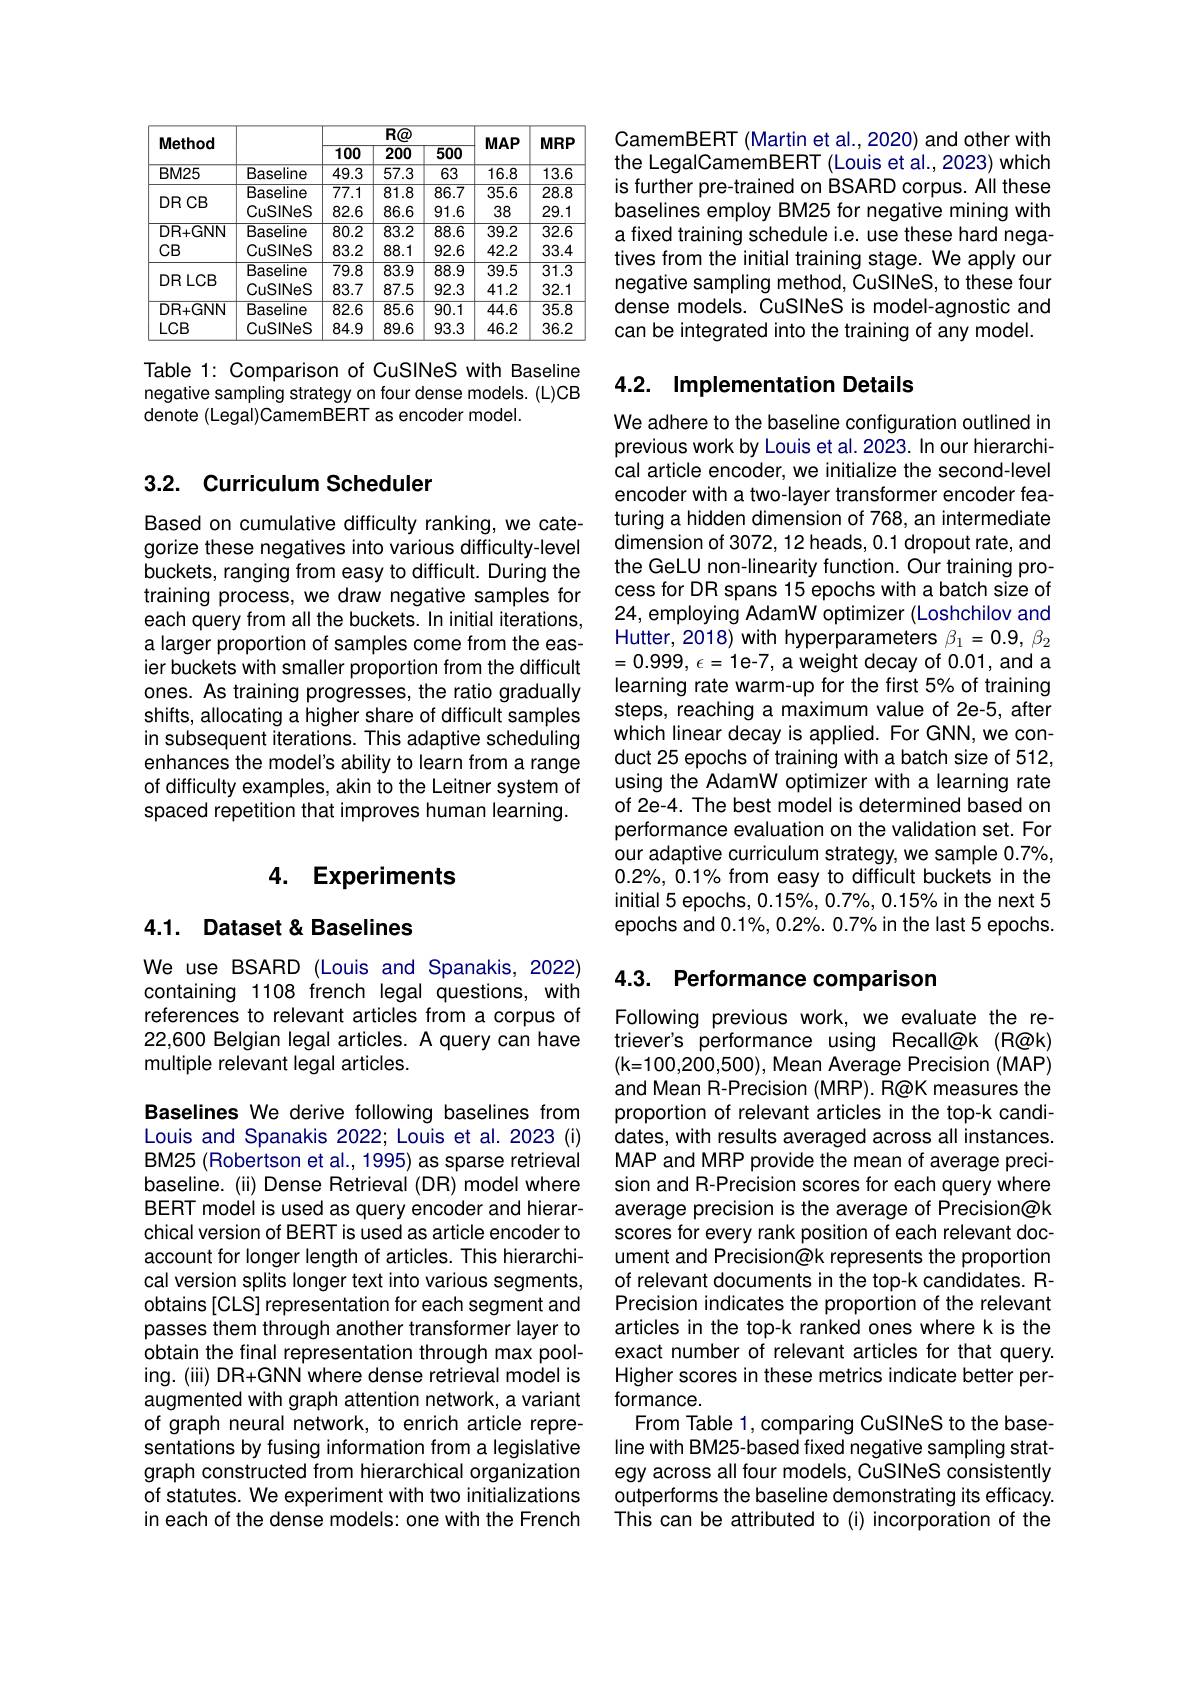
<table>
	<tbody>
		<tr>
			<th rowspan="2">Method</th>
			<th> </th>
			<th colspan="3">$R@$</th>
			<th rowspan="2">$MAP$</th>
			<th rowspan="2">$MRP$</th>
		</tr>
		<tr>
			<th> </th>
			<th>100</th>
			<th>$\overline{200}$</th>
			<th>500</th>
		</tr>
		<tr>
			<td>BM25</td>
			<td>Baseline</td>
			<td>49.3</td>
			<td>57.3</td>
			<td>63</td>
			<td>16.8</td>
			<td>13.6</td>
		</tr>
		<tr>
			<td rowspan="2">DR CB</td>
			<td>Baseline</td>
			<td>$\overline{77.1}$</td>
			<td>$\overline{81.8}$</td>
			<td>$\overline{86.7}$</td>
			<td>$\overline{35.6}$</td>
			<td>$\overline{28.8}$</td>
		</tr>
		<tr>
			<td>CuSINeS</td>
			<td>82.6</td>
			<td>86.6</td>
			<td>91.6</td>
			<td>38</td>
			<td>29.1</td>
		</tr>
		<tr>
			<td>$DR+GNN$</td>
			<td>Baseline</td>
			<td>$\overline{80.2}$</td>
			<td>83.2</td>
			<td>$\overline{88.6}$</td>
			<td>$\overline{39.2}$</td>
			<td>$\overline{32.6}$</td>
		</tr>
		<tr>
			<td>$CB$</td>
			<td>CuSINeS</td>
			<td>83.2</td>
			<td>88.1</td>
			<td>92.6</td>
			<td>42.2</td>
			<td>33.4</td>
		</tr>
		<tr>
			<td rowspan="2">DRLCB</td>
			<td>Baseline</td>
			<td>$\overline{79.8}$</td>
			<td>83.9</td>
			<td>$\overline{88.9}$</td>
			<td>$\overline{39.5}$</td>
			<td>$\overline{31.3}$</td>
		</tr>
		<tr>
			<td>CuSINeS</td>
			<td>83.7</td>
			<td>87.5</td>
			<td>92.3</td>
			<td>41.2</td>
			<td>32.1</td>
		</tr>
		<tr>
			<td>$DR+GNN$</td>
			<td>Baseline</td>
			<td>82.6</td>
			<td>$\overline{85.6}$</td>
			<td>$\overline{90.1}$</td>
			<td>$\overline{44.6}$</td>
			<td>$\overline{35.8}$</td>
		</tr>
		<tr>
			<td>$LCB$</td>
			<td>CuSINeS</td>
			<td>84.9</td>
			<td>89.6</td>
			<td>93.3</td>
			<td>46.2</td>
			<td>36.2</td>
		</tr>
	</tbody>
</table>

Table 1: Comparison of CuSINeS with Baseline negative sampling strategy on four dense models. (L)CB denote (Legal)CamemBERT as encoder model.

## 3.2. Curriculum Scheduler

Based on cumulative difficulty ranking, we categorize these negatives into various difficulty-level buckets, ranging from easy to difficult. During the training process, we draw negative samples for each query from all the buckets. In initial iterations, alarger proportion of samples come from the easier buckets with smaller proportion from the difficult ones. As training progresses, the ratio gradually shifts, allocating a higher share of difficult samples in subsequent iterations. This adaptive scheduling enhances the model's ability to learn from a range of difficulty examples, akin to the Leitner system of spaced repetition that improves human learning.

## 4. Experiments

## 4.1. Dataset & Baselines

We use BSARD (Louis and Spanakis, 2022) containing 1108 french legal questions, with references to relevant articles from a corpus of 22,600 Belgian legal articles. A query can have multiple relevant legal articles.

Baselines We derive following baselines from Louis and Spanakis 2022; Louis et al. 2023 (i) BM25 (Robertson et al., 1995) as sparse retrieval baseline. (ii) Dense Retrieval (DR) model where BERT model is used as query encoder and hierarchical version of BERT is used as article encoder to account for longer length of articles. This hierarchical version splits longer text into various segments, obtains [CLS] representation for each segment and passes them through another transformer layer to obtain the final representation through max pooling. (ili) DR+GNN where dense retrieval model is augmented with graph attention network, a variant of graph neural network, to enrich article representations by fusing information from a legislative graph constructed from hierarchical organization of statutes. We experiment with two initializations in each of the dense models: one with the French

CamemBERT (Martin et al., 2020) and other with the LegalCamemBERT (Louis et al., 2023) which is further pre-trained on BSARD corpus. All these baselines employ BM25 for negative mining with a fixed training schedule i.e. use these hard negatives from the initial training stage. We apply our negative sampling method, CuSINeS, to these four dense models. CuSINeS is model-agnostic and can be integrated into the training of any model.

## 4.2. Implementation Details

We adhere to the baseline configuration outlined in previous work by Louis et al. 2023. In our hierarchical article encoder, we initialize the second-level encoder with a two-layer transformer encoder featuring a hidden dimension of 768, an intermediate dimension of 3072, 12 heads, 0.1 dropout rate, and the GeLU non-linearity function. Our training process for DR spans 15 epochs with a batch size of 24, employing AdamW optimizer (Loshchilov and Hutter, 2018) with hyperparameters $\beta_1=0.9,\beta_2$ =0.999, $\epsilon = 1$e-7, a weight decay of 0.01, and a learning rate warm-up for the first 5% of training steps, reaching a maximum value of 2e-5, after which linear decay is applied. For GNN, we conduct 25 epochs of training with a batch size of 512, using the AdamW optimizer with a learning rate of 2e-4. The best model is determined based on performance evaluation on the validation set. For our adaptive curriculum strategy, we sample 0.7%, $0.2\%,0.1\%$ from easy to difficult buckets in the initial 5 epochs, $0.15\%,0.7\%,0.15\%$ in the next 5 epochs and $0.1\%,0.2\%.0.7\%$ in the last 5 epochs.

4.3. Performance comparison

Following previous work, we evaluate the retriever's performance using Recall@k (R@k) (k=100,200,500), Mean Average Precision (MAP) and Mean R-Precision (MRP). R@K measures the proportion of relevant articles in the top-k candidates, with results averaged across all instances. MAP and MRP provide the mean of average precision and R-Precision scores for each query where average precision is the average of Precision@k scores for every rank position of each relevant document and Precision@k represents the proportion of relevant documents in the top-k candidates. RPrecision indicates the proportion of the relevant articles in the top-k ranked ones where k is the exact number of relevant articles for that query. Higher scores in these metrics indicate better performance.
From Table 1, comparing CuSINeS to the baseline with BM25-based fixed negative sampling strategy across all four models, CuSINeS consistently outperforms the baseline demonstrating its efficacy. This can be attributed to (i) incorporation of the